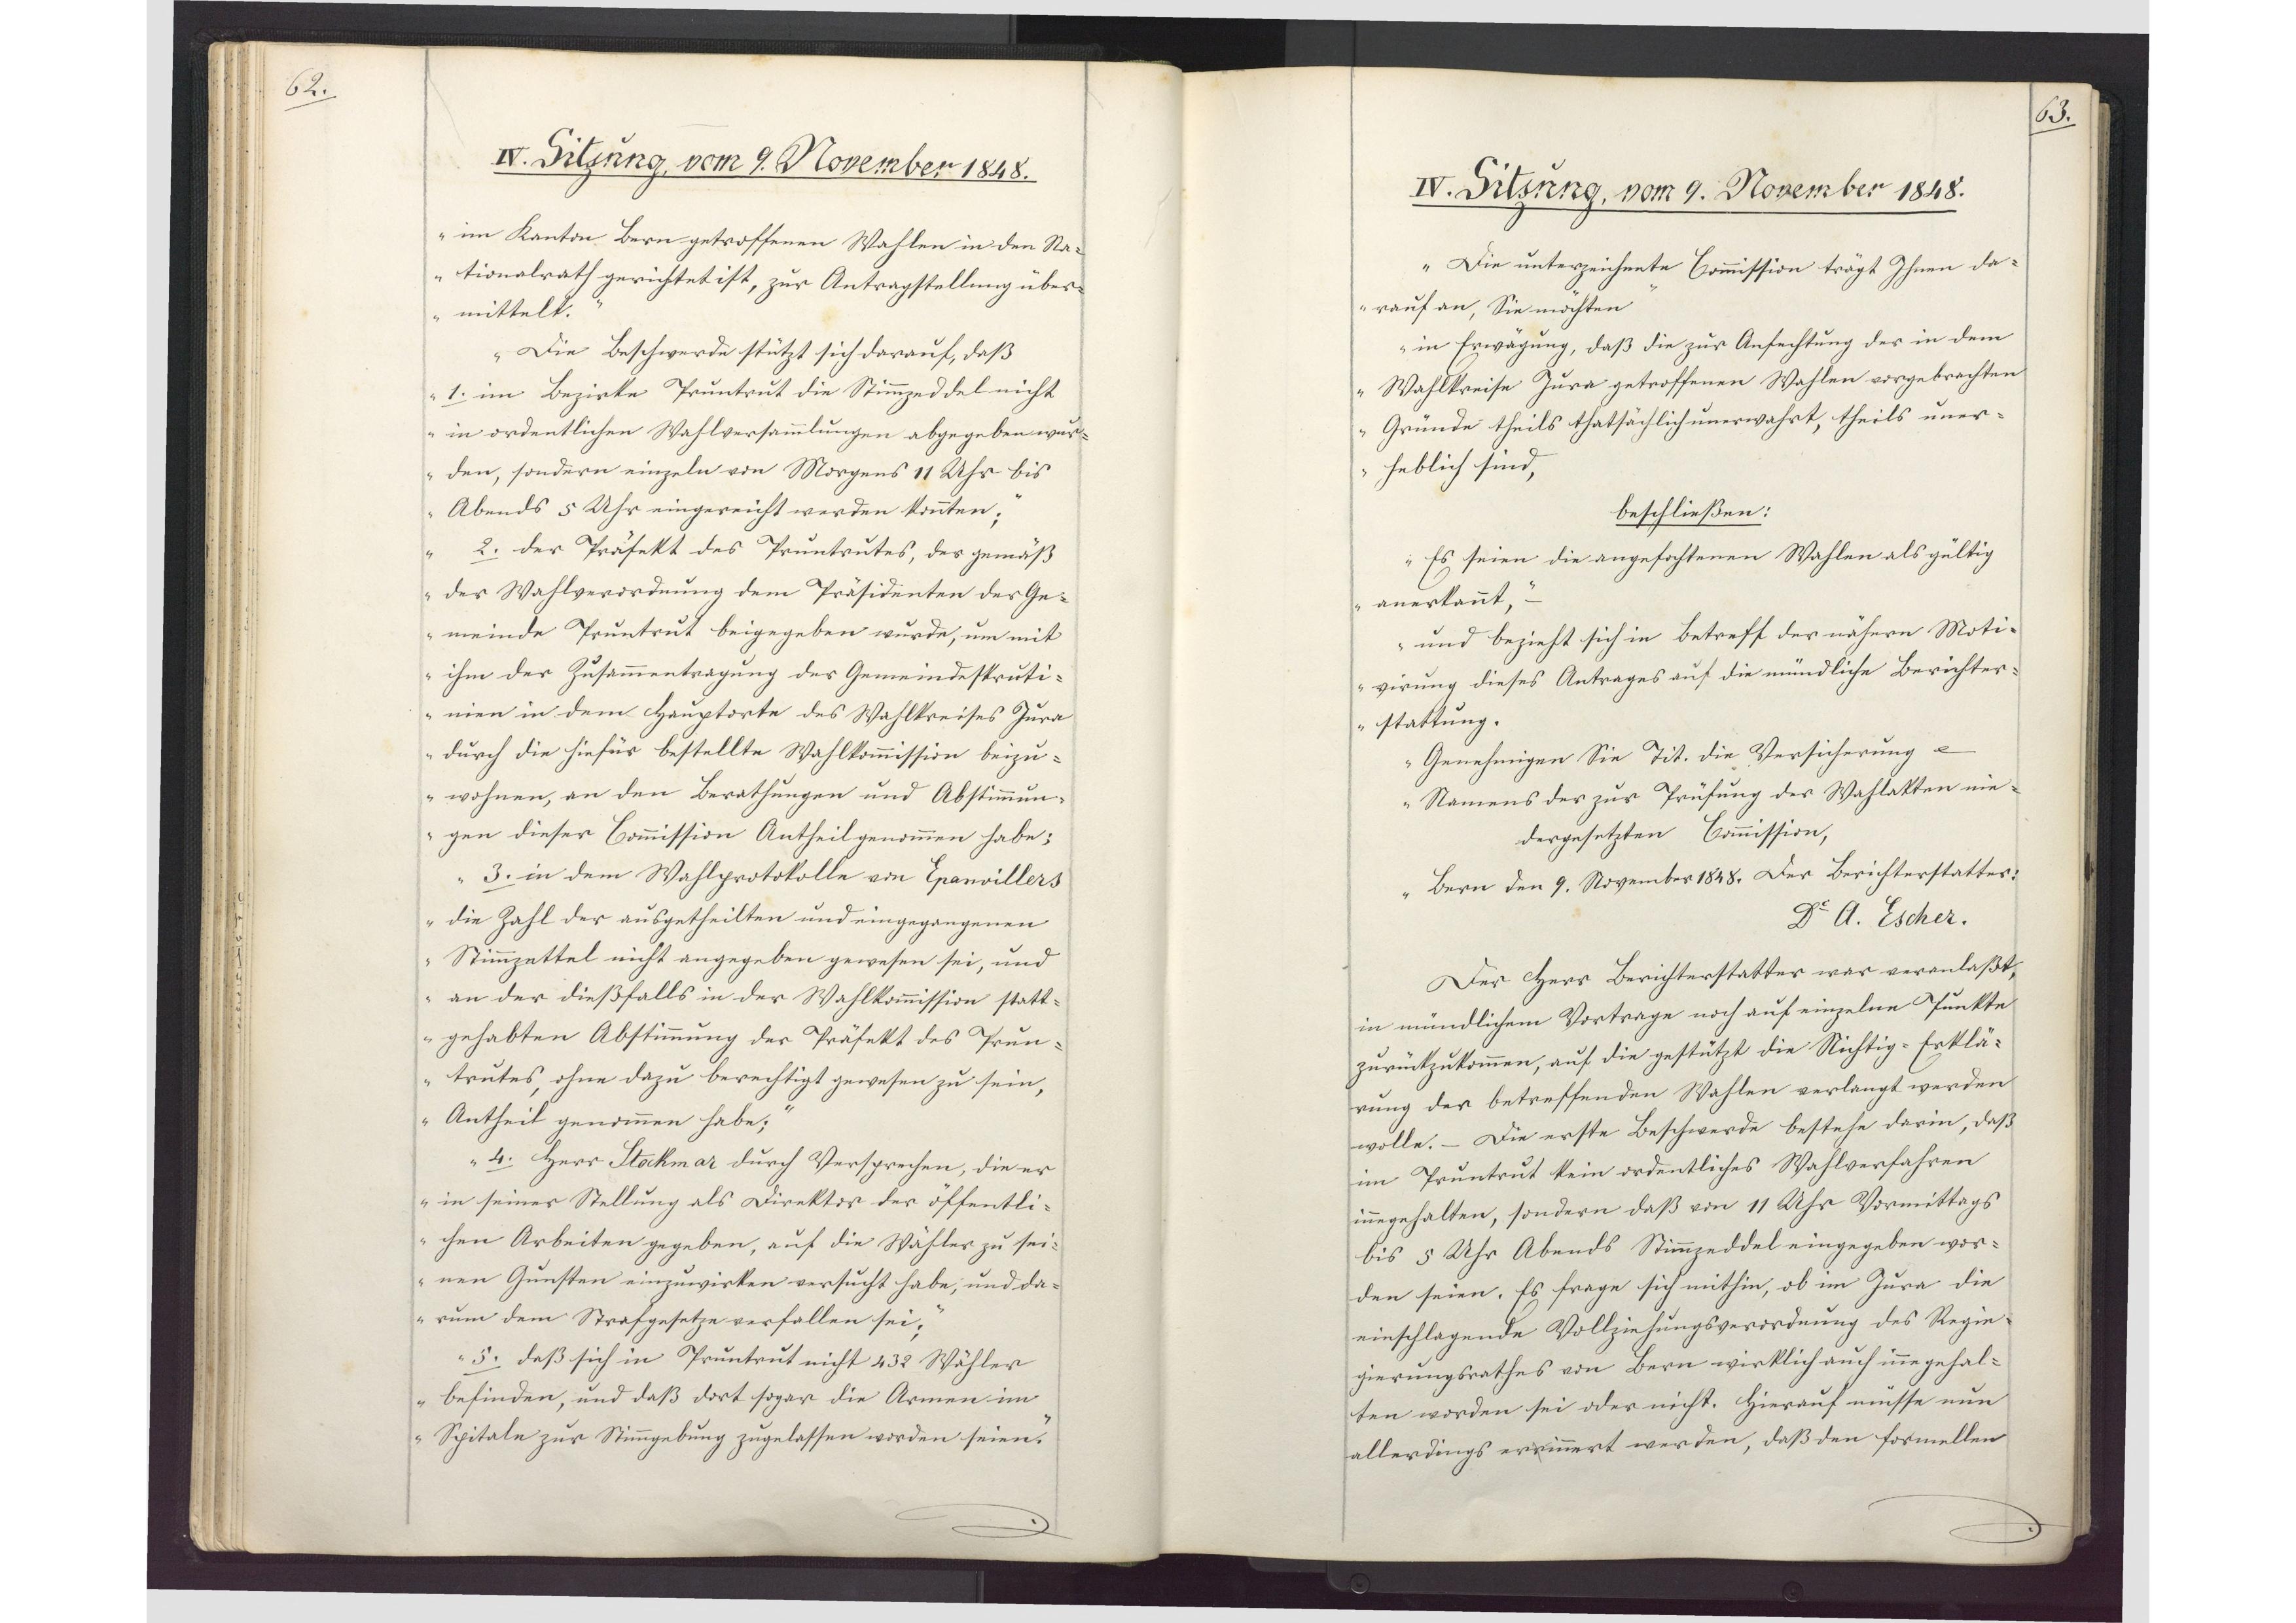
62.

IV. Sitzung, vom 9. November 1848.

im Kanton Bern getroffenen Wahlen in den Na¬
tionalrath gerichtet ist, zur Antragstellung über¬
mittelt.
Die Beschwerde stützt sich darauf, daß
1. im Bezirke Pruntrut die Stimmzeddel nicht
in ordentlichen Wahlversammlungen abgegeben wur¬
den, sondern einzeln von Morgens 11 Uhr bis
Abends 5 Uhr eingereicht werden konnten;
2. der Präfekt des Pruntrutes, der gemäß
der Wahlverordnung dem Präsidenten der Ge¬
meinde Pruntrut beigegeben wurde, um mit
ihm der Zusammentragung der Gemeindeskruti¬
nien in dem Hauptorte des Wahlkreises Jura
durch die hiefür bestellte Wahlkommission beizu¬
wohnen, an den Berathungen und Abstimmun¬
gen dieser Commission Antheil genommen habe;
3. in dem Wahlprotokolle von Epanvillers
die Zahl der ausgetheilten und eingegangenen
Stimmzettel nicht angegeben gewesen sei, und
an der dießfalls in der Wahlkommission statt¬
gehabten Abstimmung der Präfekt des Prun¬
trutes, ohne dazu berechtigt gewesen zu sein,
Antheil genommen habe;
4. Herr Stockmar durch Versprechen, die er
in seiner Stellung als Direktor der öffentli¬
chen Arbeiten gegeben, auf die Wähler zu sei¬
nen Gunsten einzuwirken versucht habe; und da¬
rum dem Strafgesetze verfallen sei;
5. daß sich in Pruntrut nicht 432 Wähler
befinden, und daß dort sogar die Armen im
Spitale zur Stimmgebung zugelassen worden seien.

63.

IV. Sitzung, vom 9. November 1848.

Die unterzeichnete Commission trägt Ihnen da¬
rauf an, Sie möchten
in Erwägung, daß die zur Anfechtung des in dem
Wahlkreise Jura getroffenen Wahlen vorgebrachten
Gründe theils thatsächlich unerwahrt, theils uner¬
heblich sind,
beschließen:
Es seien die angefochtenen Wahlen als gültig
anerkannt,
und bezieht sich in Betreff der nähern Moti¬
virung dieses Antrages auf die mündliche Berichter¬
stattung.
Genehmigen Sie Tit. die Versicherung
Namens der zur Prüfung der Wahlakten nie¬
dergesetzten Commission,
Bern den 9. November 1848. Der Berichterstatter:
Dr. A. Escher.
Der Herr Berichterstatter war veranlaßt,
in mündlichem Vortrage noch auf einzelne Punkte
zurückzukommen, auf die gestützt die Nichtig-Erklä¬
rung der betreffenden Wahlen verlangt werden
wolle. - Die erste Beschwerde bestehe darin, daß
im Pruntrut kein ordentliches Wahlverfahren
innegehalten, sondern daß von 11 Uhr Vormittags
bis 5 Uhr Abends Stimmzeddel eingegeben wor¬
den seien. Es frage sich mithin, ob im Jura die
einschlagende Vollziehungsverordnung des Regie¬
gierungsrathes von Bern wirklich auch innegehal¬
ten worden sei oder nicht. Hierauf müsse nun
allerdings errinnert werden, daß den formellen